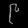
Digit: ၉